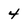
Character: 4